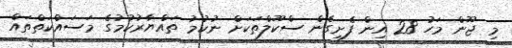
މި ޖޫން މަހު 28 އިން ފެށިގެން ސްކޫލްތަކަށް ނުކުމު ތައްޔާރުކުމުގެ މަސައްކަތްތައް